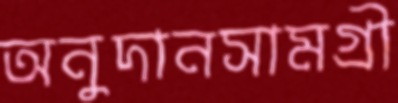
অনুদানসামগ্রী